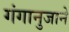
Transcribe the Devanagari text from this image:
गंगानुजाने